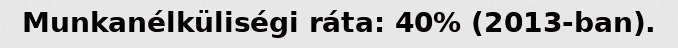
Munkanélküliségi ráta: 40% (2013-ban).